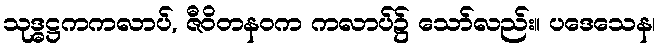
သုဒ္ဓဋ္ဌကကလာပ်, ဇီဝိတနဝက ကလာပ်၌ သော်လည်း။ ပဒေသေန၊